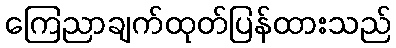
ကြေညာချက်ထုတ်ပြန်ထားသည်